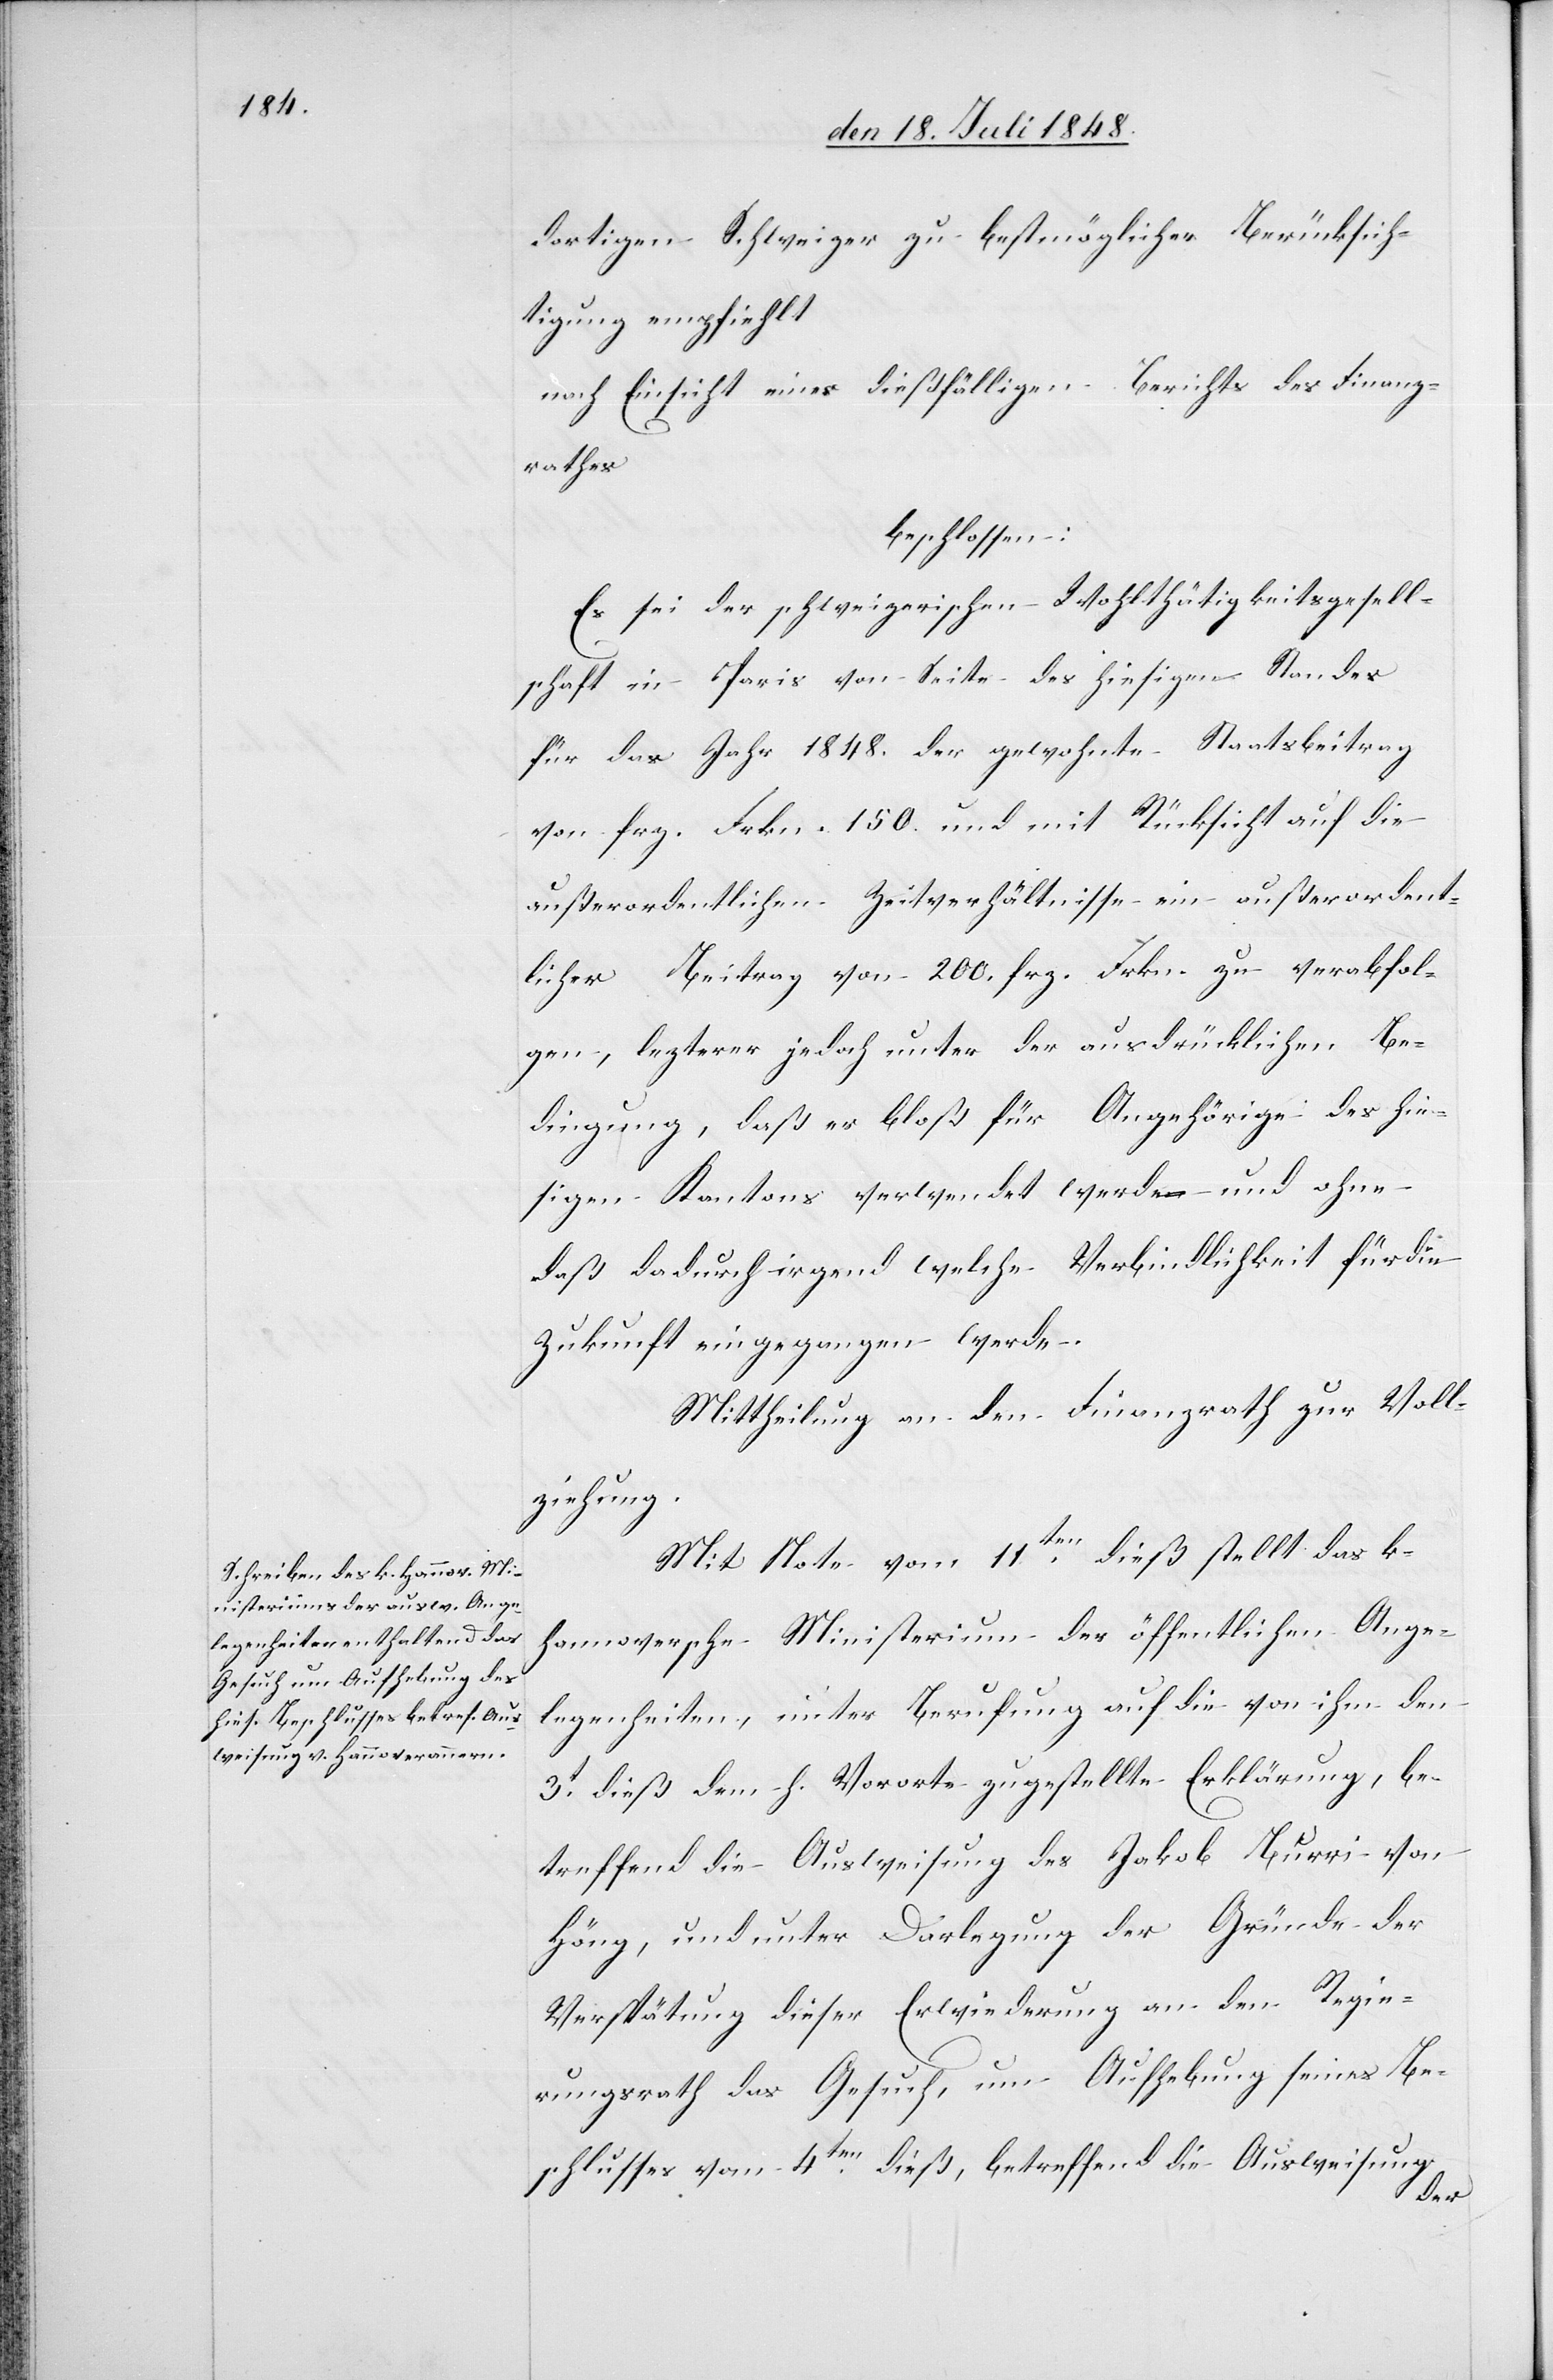
dortigen Schweizer zu bestmöglicher Berücksich¬
tigung empfiehlt
nach Einsicht eines dießfälligen Berichts des Finanz¬
rathes
beschlossen:
Es sei der schweizerischen Wohlthätigkeitsgesell¬
schaft in Paris von Seite des hiesigen Standes
für das Jahr 1848. der gewohnte Staatsbeitrag
von frz. Frkn. 150. und mit Rücksicht auf die
außerordentlichen Zeitverhältnisse ein außerordent¬
licher Beitrag von 200. frz. Frkn. zu verabfol¬
gen, letzterer jedoch unter der ausdrücklichen Be¬
dingung, daß er bloß für Angehörige des hie¬
sigen Kantons verwendet werde und ohne
daß dadurch irgend welche Verbindlichkeit für die
Zukunft eingegangen werde.
Mittheilung an den Finanzrath zur Voll¬
ziehung.
Mit Note vom 11ten dieß stellt das k.
hannoversche Ministerium der öffentlichen Ange¬
legenheiten, unter Berufung auf die von ihm den
3t dieß dem h. Vororte zugestellte Erklärung, be¬
treffend die Ausweisung des Jakob Burri von
Höng[g], und unter Darlegung der Gründe der
Verspätung dieser Erwiederung an den Regie¬
rungsrath das Gesuch, um Aufhebung seines Be¬
schlusses vom 4ten dieß, betreffend die Ausweisung